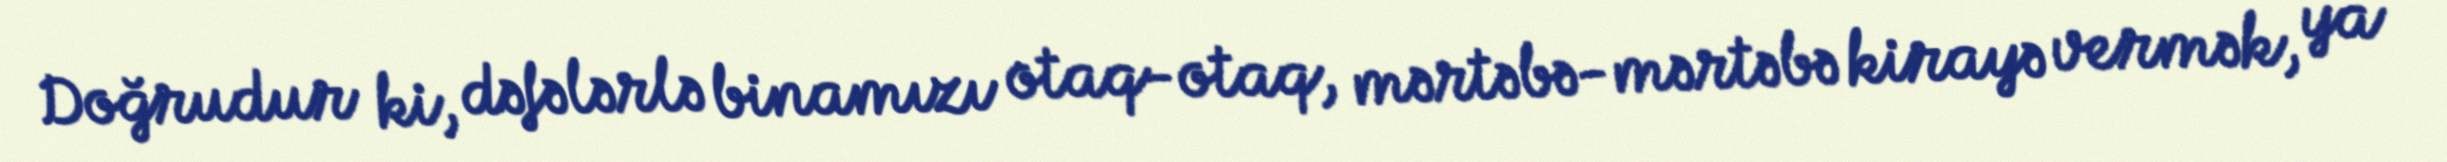
Doğrudur ki, dəfələrlə binamızı otaq-otaq, mərtəbə-mərtəbə kirayə vermək, ya